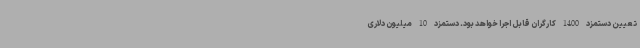
تعیین دستمزد 1400 کارگران قابل اجرا خواهد بود. دستمزد 10 میلیون دلاری